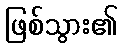
ဖြစ်သွား၏